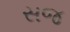
સજ